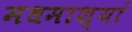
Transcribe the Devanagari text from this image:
मधमाश्यां